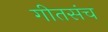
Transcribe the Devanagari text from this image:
गीतसंच